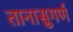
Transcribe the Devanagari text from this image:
तानासुगर्ण